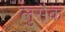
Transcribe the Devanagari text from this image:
लुसैक